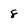
Character: 8